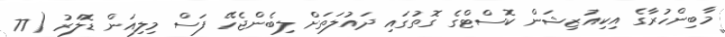
މާބިންހުރާގެ އިކިއުޒިޝަން ކޮސްޓްގެ ގޮތުގައި ދައުލަތަށް ލިބެންޖެހޭ ފަސް މިލިއަން ޑޮލަރު (77